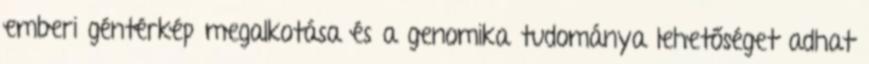
emberi géntérkép megalkotása és a genomika tudománya lehetőséget adhat